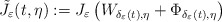
\begin{align*}\tilde{J}_{\varepsilon}(t,\eta):=J_{\varepsilon}\left(W_{\delta_{\varepsilon}(t),\eta}+\Phi_{\delta_{\varepsilon}(t),\eta}\right)\end{align*}